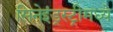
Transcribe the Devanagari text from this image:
सिनेइंड्रस्ट्रीमध्ये